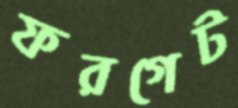
ফরগেট